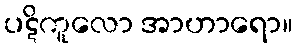
ပဋိကူလော အာဟာရော။